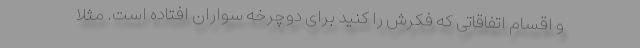
و اقسام اتفاقاتی که فکرش را کنید برای دوچرخه سواران افتاده است. مثلا